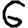
Digit: 6